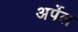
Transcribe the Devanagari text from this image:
अर्पेल